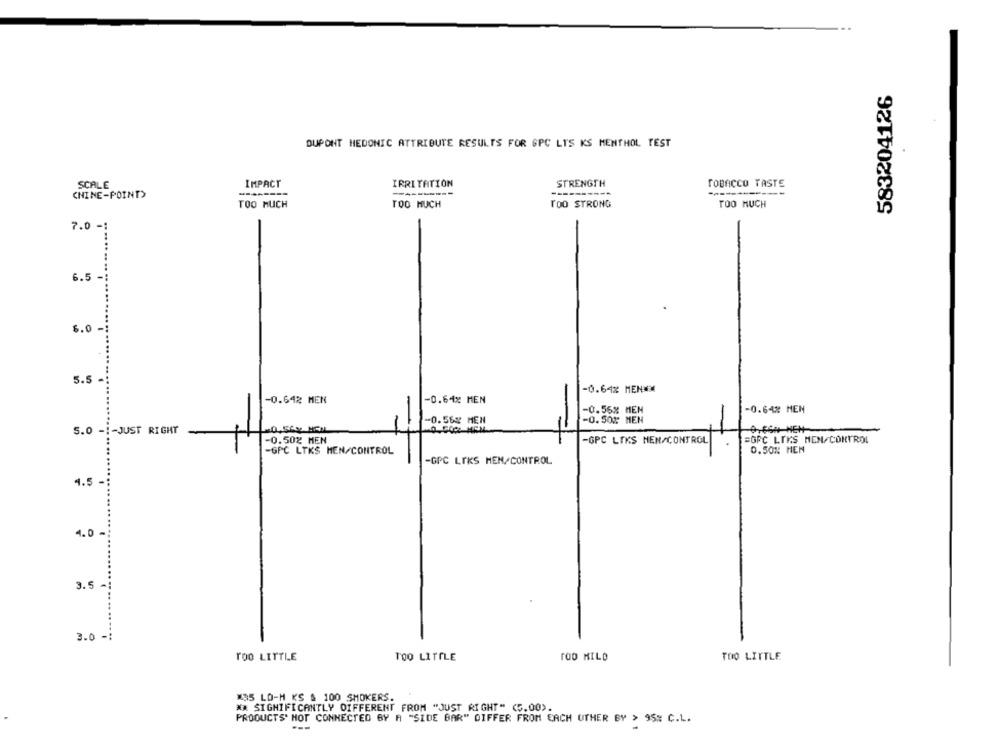
583204126
DUPONT MEDONIC ATTRIBUTE RESULTS FOR GPC LYS KS MENTHOL TEST
SCALE
IMPACT
IRRITATION
STRENGTH
TOBACCO TASTE
CHINE-POINT)
-----
TOO MUCH
TOO STRONG
TOO MUCH
TOO MUCH
7.0 -
6.5
6.0
5.5 -
-0.64% MEN **
-0.64x MEN
-0.64% MEN
-
-0.56% MEN
-0.648 HEN
-0.56# MEN
-0.50% MEN
5.0 -1-JUST RIGHT
-0.502 MEN
-GPC LTKS NEN/CONTROL
=GPC LIKS MEN CONTROL
0.50% MEN
-GPC LTKS HEN/CONTROL
-GPC LIKS MEN CONTROL
4.5 -
4.0
3.5
3.0 -:
TOO LITTLE
TOO LITTLE
TOO MILD
TOO LITTLE
#35 LO-H KS & 100 SMOKERS.
** SIGNIFICANTLY DIFFERENT FROM "JUST RIGHT" (5.00).
PRODUCTS' NOT CONNECTED BY A "SIDE BAR" DIFFER FROM EACH OTHER BY > 95# C.L.
---